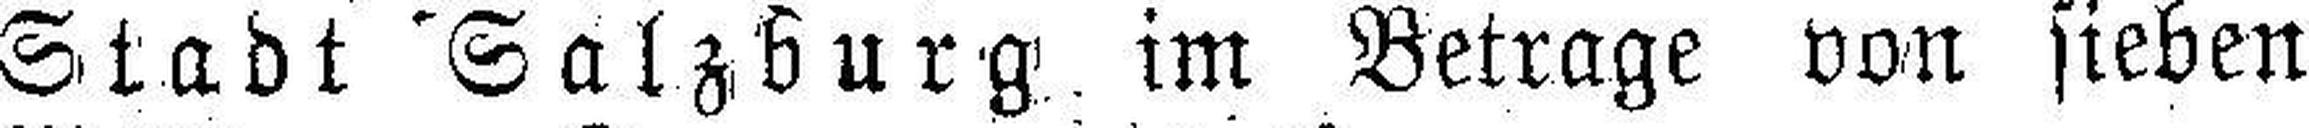
Stadt Salzburg im Betrage von sieben